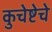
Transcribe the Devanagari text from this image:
कुचेष्टेचे